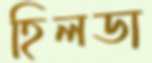
হিলডা